Insane asylums in Bengal annual reports 1867-1875 - 1867-1875
Year: 1867
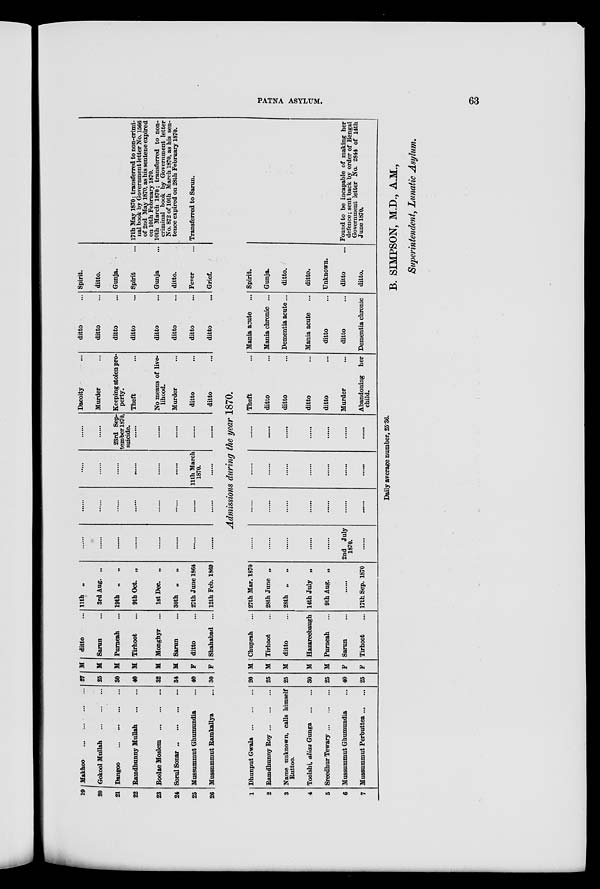
PATNA ASYLUM.
63
19
20
21
22
23
24
25
26
Makhoo
...
...
...
...
Gokool Mullah
...
...
...
Dangoo
...
...
...
...
Ramdhunny Mullah
...
...
Boolae Moslem
...
...
...
Sorul Sonar ... ... ... ...
Mussummut Ghumundia ...
Mussnmmut Ramkallya ...
27
25
30
40
32
34
40
30
M
M
M
M
M
M
F
F
ditto ...
Sarun ...
Purneah ...
Tirhoot ...
Monghyr ...
Sarun ...
ditto ...
Shahabad ...
11th „
3rd Aug. „
19th „ „
9th Oct. „
1st Dec. „
30th „
„
27th June 1864
12th Feb. 1869
......
......
......
......
......
......
......
......
......
......
......
......
......
......
......
......
......
......
......
......
......
......
11th March
1870.
......
......
......
23rd Sep-
tember 1870,
suicide.
......
......
......
......
......
Dacoity ...
Murder ...
Keeping stolen pro-
perty.
Theft ...
No means of live-
lihood.
Murder ...
ditto ...
ditto ...
ditto ...
ditto ...
ditto ...
ditto ...
ditto ...
ditto ...
ditto ...
ditto ...
Spirit.
ditto.
Gunja.
Spirit ...
Gunja ...
ditto.
Fever ...
Grief.
Admissions during the year 1870.
1
2
3
4
5
6
7
Dhunput Gwala ... ... ...
Ramdhunny Roy ... ... ...
Name unknown, calls himself
Ruttoo.
Toolshi, alias Gunga
...
...
Sreedhur Tewary ... ... ...
Mussummut Ghumundia ...
Mussummut Perbuttea ... ...
20
25
25
30
25
40
25
M
M
M
M
M
F
F
Chuprah ...
Tirhoot ...
ditto ...
Hazareebaugh
Purneah ...
Sarun ...
Tirhoot ...
27th Mar. 1870
28th June „
28th „ „
14th July „
9th Aug. „
......
17th Sep. 1870
......
......
......
......
......
2nd July
1870.
......
......
......
......
......
......
......
......
......
......
......
......
......
......
......
......
......
......
......
......
......
......
Theft ...
ditto ...
ditto ...
ditto ...
ditto ...
Murder ...
Abandoning her
child.
Mania acute ...
Mania chronic ...
Dementia acute ...
Mania acute ...
ditto ...
ditto ...
Dementia chronic
Spirit.
Gunja.
ditto.
ditto.
Unknown.
ditto ...
ditto.
17th May 1870 ; transferred to non-crimi-
nal book by Government letter No. 1566
of 2nd May 1870, as his sentene expired
on 10th February 1870.
10th March 1870 ; transferred to non-
criminal book by Government letter
No. 872 of 10th March 1870, as his sen-
tence expired on 28th February 1870.
Transferred to Sarun.
Found to be incapable of making her
defence ; sent back by order of Bengal
Government letter No. 2844 of 14th
June 1870.
Daily average number, 25.36.
B. SIMPSON, M.D., A.M.,
Superintendent, Lunatic Asylum.